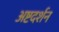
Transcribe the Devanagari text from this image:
अष्टदर्शन